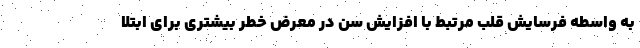
به واسطه فرسایش قلب مرتبط با افزایش سن در معرض خطر بیشتری برای ابتلا